system: You are a helpful assistant.
user:
Analyze the provided spectrum to determine if it is a **"Cataclysmic Variables (CV)"**.

- **Key Indicators for CV (Check for either state):**
    - **State 1: Quiescent / Low-State (Emission-Dominated)**
        - **(Primary):** Strong and *very broad* Hydrogen Balmer emission lines (e.g., $H\alpha$ at 6563 Å, $H\beta$ at 4861 Å). The 'broadness' (high velocity dispersion, often FWHM > 1000 km/s) is the key diagnostic, indicating a high-velocity accretion disk.
        - **(Secondary):** Broad neutral Helium (He I) emission lines (e.g., 5876 Å, 6678 Å).
        - **(Key Confirmation):** Presence of high-excitation *ionized* Helium (He II) emission at 4686 Å. This is a strong indicator of accretion onto a white dwarf.
        - **(Line Profile):** Emission lines may exhibit a 'double-peaked' profile, which is a classic signature of a rotating accretion disk viewed at high inclination.

    - **State 2: Outburst / High-State (Absorption-Dominated)**
        - **(Primary):** Spectrum is dominated by a bright, blue continuum (looks like a hot star).
        - **(Secondary):** The emission lines from State 1 are weak, absent, or 'filled in', and are replaced by broad, shallow *absorption* lines (primarily Balmer and He I).
        - **(Morphology):** The overall spectrum mimics a hot B/A-type star. The crucial difference is that the absorption lines are significantly broader, shallower, and more 'washed-out' (or 'smeared') than the sharp lines of a normal stellar photosphere, due to high rotational speeds and pressure broadening in the disk.

Think first, call **spectral_visualization_tool** if needed to examine features in detail, then provide your final answer. Your response must adhere to the following strict rules:
1.  **Overall Structure:** Your response must follow the format `<think>...</think> <tool_call>...</tool_call> (if a tool is used) <answer>...</answer>`.
2.  **Tool Usage Constraint:** You may only make **one** tool call per turn.
3.  **Final Answer Format:** In the `<answer>` tag, your conclusion must be inside a `\boxed{}` command (e.g., `\boxed{YES}`), followed by your justification.

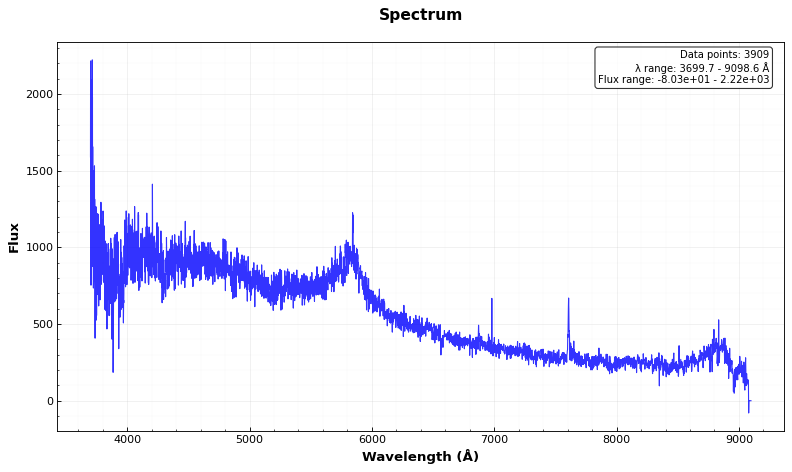
Answer: NO